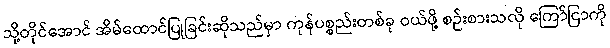
သို့တိုင်အောင် အိမ်ထောင်ပြုခြင်းဆိုသည်မှာ ကုန်ပစ္စည်းတစ်ခု ဝယ်ဖို့ စဉ်းစားသလို ကြော်ငြာကို